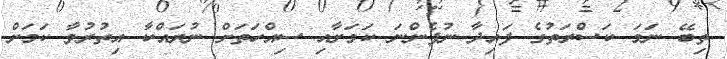
ތިބޭ ނަމަ ކަސްރަތުގެ ފައިދާ ނުފެންނަ ކަމަށާއި ސިއްހަތަށް ނުރައްކާ އިތުރުވާ ކަމަށް